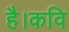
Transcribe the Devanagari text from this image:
है।कवि